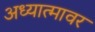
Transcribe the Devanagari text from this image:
अध्यात्मावर